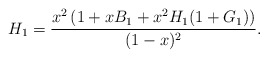
\begin{align*} H_1 = \frac{x^2\left( 1+xB_1 + x^2 H_1 (1+G_1) \right)}{(1-x)^2}.\end{align*}